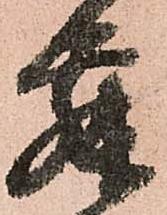
舞